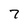
Character: 7